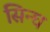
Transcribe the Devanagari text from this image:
सिन्घ